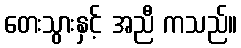
တေးသွားနှင့် အညီ ကသည်။